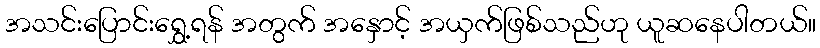
အသင်းပြောင်းရွှေ့ရန် အတွက် အနှောင့် အယှက်ဖြစ်သည်ဟု ယူဆနေပါတယ်။